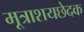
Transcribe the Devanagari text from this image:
मूत्राशयछेदक